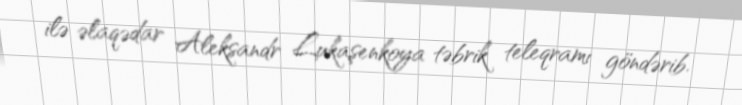
ilə əlaqədar Aleksandr Lukaşenkoya təbrik teleqramı göndərib.